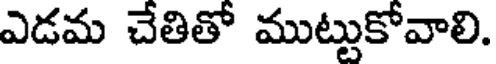
ఎడమ చేతితో ముట్టుకోవాలి.